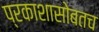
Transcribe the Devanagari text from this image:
प्रकाशासोबतच